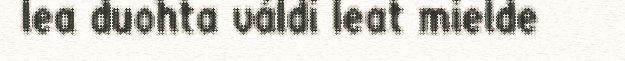
lea duohta váldi leat mielde